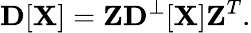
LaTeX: {\displaystyle{\mathbf D}[{\mathbf X}]={\mathbf Z}{\mathbf D}^{\perp}[{\mathbf X}]{\mathbf Z}^{T}}.